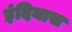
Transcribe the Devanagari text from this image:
इंदियास